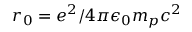
r _ { 0 } = e ^ { 2 } / 4 \pi \epsilon _ { 0 } m _ { p } c ^ { 2 }